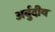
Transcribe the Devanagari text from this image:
अर्बुदीय